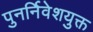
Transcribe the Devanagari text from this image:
पुनर्निवेशयुक्त